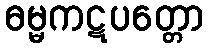
ဓမ္မကဋပတ္တော